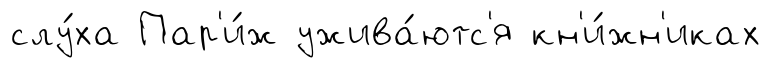
слу́ха Пар'и́ж ужива́ютс'я кн'и́жн'иках